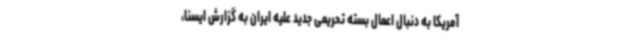
آمریکا به دنبال اعمال بسته تحریمی جدید علیه ایران به گزارش ایسنا،